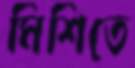
মিশিতে